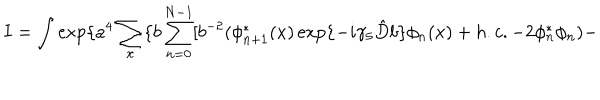
I = \int \exp \{ a ^ { 4 } \sum _ { x } \{ b \sum _ { n = 0 } ^ { N - 1 } [ b ^ { - 2 } ( \phi _ { n + 1 } ^ { * } ( x ) \exp \{ - i \gamma _ { 5 } \hat { D } b \} \phi _ { n } ( x ) + h . c . - 2 \phi _ { n } ^ { * } \phi _ { n } ) -